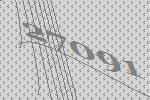
27091